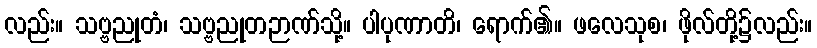
လည်း။ သဗ္ဗညုတံ၊ သဗ္ဗညုတဉာဏ်သို့။ ပါပုဏာတိ၊ ရောက်၏။ ဖလေသုစ၊ ဖိုလ်တို့၌လည်း။